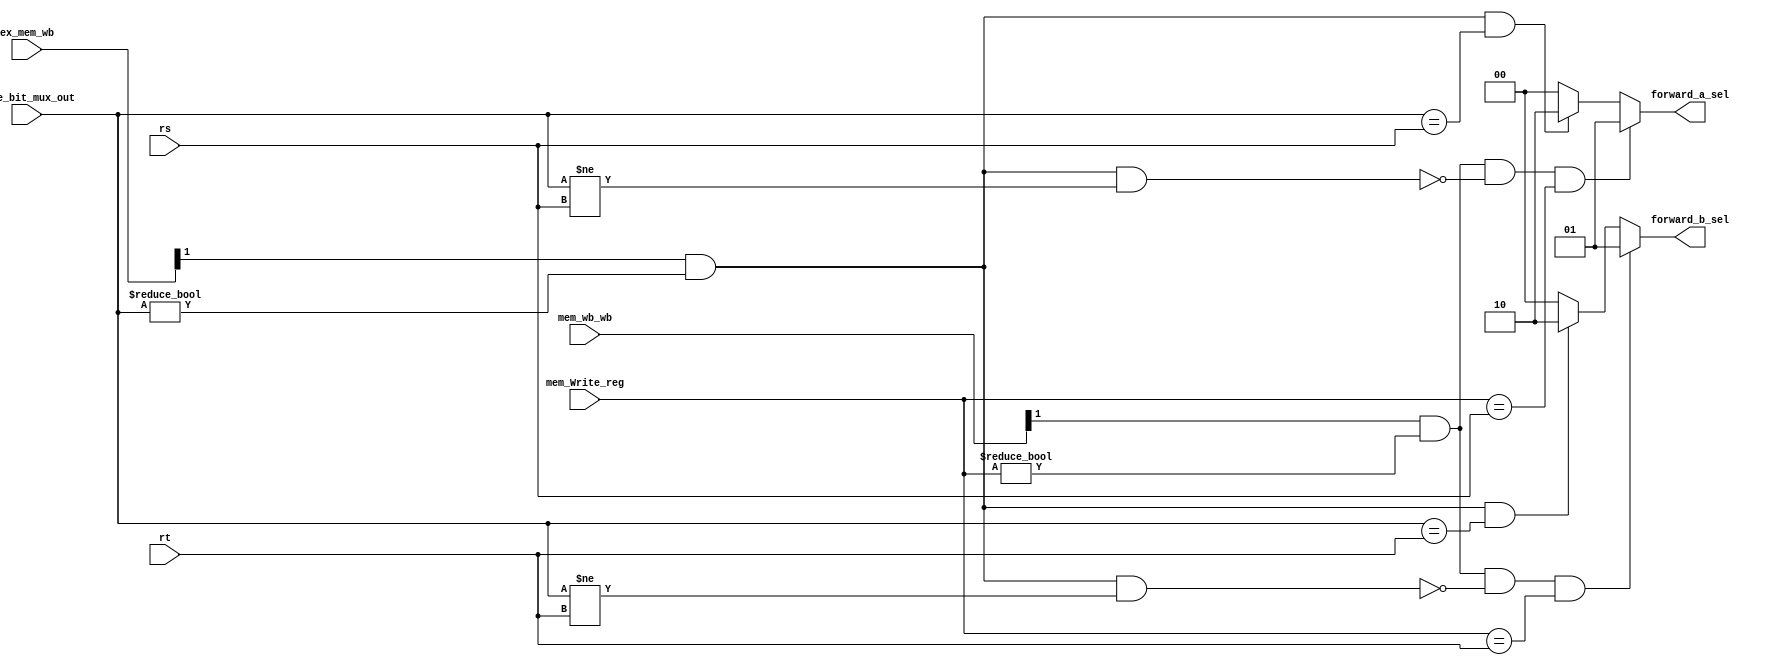
module FORWARDING_UNIT(
	// Inputs from the ID/EX latch.
	input  [4:0] rs, 
	input  [4:0] rt, 
	// Inputs from the EX/MEM latch.
	input  [4:0] five_bit_mux_out, 
	input  [1:0] ex_mem_wb, 
	input  [4:0] mem_Write_reg,
	// Input form the MEM/WB latch.
	input  [1:0] mem_wb_wb, 
	// Outputs to the EX stage.
	output reg [1:0] forward_a_sel,
	output reg [1:0] forward_b_sel);

	
	always @ * begin
		forward_a_sel <= 2'b00;
		forward_b_sel <= 2'b00;
		
		// EX Hazard
		if (ex_mem_wb[1] && 
		    (five_bit_mux_out != 0) && (five_bit_mux_out == rs)) 
			begin
				forward_a_sel <= 2'b10;
			end
		 
		if (ex_mem_wb[1] && 
		    (five_bit_mux_out != 0) && (five_bit_mux_out == rt)) 
			begin
				forward_b_sel <= 2'b10;
			end
	
		// MEM Hazard
		if (mem_wb_wb[1] && (mem_Write_reg != 0) && 
		    !(ex_mem_wb[1] && (five_bit_mux_out != 0) && (five_bit_mux_out != rs)) && 
			 (mem_Write_reg == rs)) 
			begin
				forward_a_sel <= 2'b01;
			end
		 
		if (mem_wb_wb[1] && (mem_Write_reg != 0) && 
		    !(ex_mem_wb[1] && (five_bit_mux_out != 0) && (five_bit_mux_out != rt)) && 
			 (mem_Write_reg == rt)) 
			begin
				forward_b_sel <= 2'b01;
			end
	end						  
endmodule